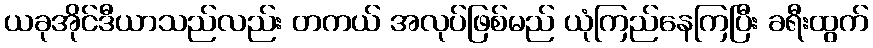
ယခုအိုင်ဒီယာသည်လည်း တကယ် အလုပ်ဖြစ်မည် ယုံကြည်နေကြပြီး ခရီးထွက်